Calcutta medical institutions reports 1892-1900
Year: 1892
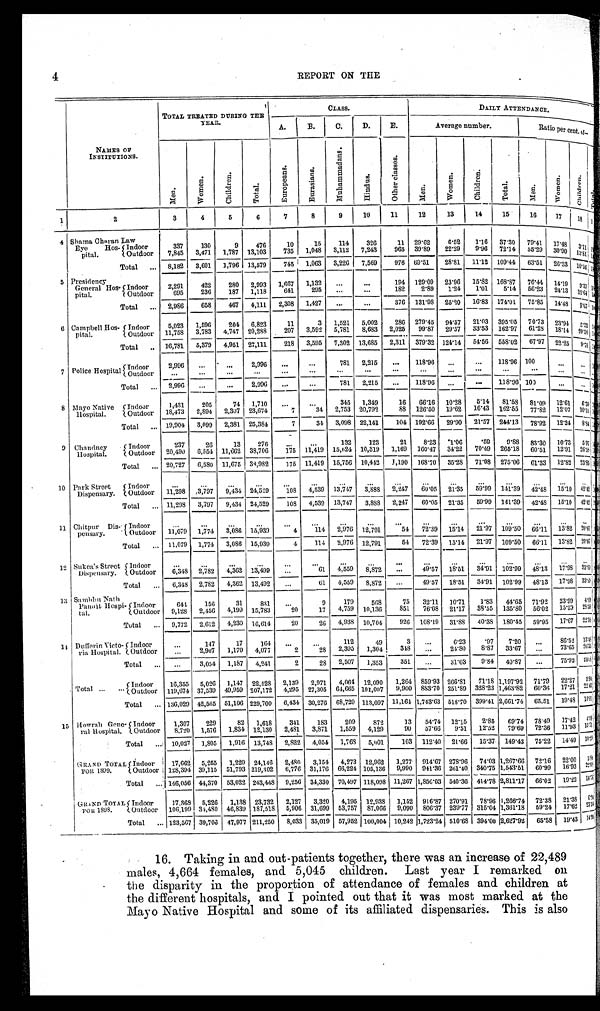
4
REPORT ON THE
NAMES OF
INSTITUTIONS.
TOTAL TREATED DURING THE
YEAR.
CLASS.
DAILY ATTENDANCE.
A.
B.
C.
D.
E.
Average number.
Ratio per cent. of-
M e n .
W o m e n .
C h i l d r e n .
T o t a l .
E u r o p e a n s .
E u r a s i a n s .
M u h a m m a d a n s .
H i n d u s .
O t h e r c l a s s e s .
M e n .
W o m e n .
C h i l d r e n .
T o t a l .
M e n .
Women.
C h i l d r e n . T o
1
2
3
4
5
6
7
8
9
10
11
12
13
14
15
16
17
1 8
< i l l e g
4 Shama Charan Law
Eye Hos-
pital.
Indoor
337
130
9
476
10
15
114
326
11
29.62
6.52
1.16
37.30
79.41
17.48
3 . 1 1
< < i l l e g i b
1,048
3,112
7,243
965
39.89
22.29
9.96
72.14
55.29
30.90
Outdoor
7,845
3,471
1,787 13,103
735
1 3 . 8 1 < < i l l e
Total . . .
8,182
3,601
1,796 13,579
745
1,063
3,226
7,569
976 69.51
28.81
11.12
109.44
63.51
26.33
1 0 . 1 6 < < i l l e
5 Presidency
General Hos
- p i t a l
Indoor
2,291
422
280
2,993
1,667
1,132
. . .
. . .
194
129.09
23.96
15.82 168.87
76.44
14.19
9 . 1 7
< i l l e g
295
. . .
. . .
1 8 2 2.89
1.24
1.01
5.14
50.23
24.13
641
1 9 . 6 4 < i l l e g
Outdoor
695
236
187
1,118
Total . . .
2,986
658
467
4,111
2,308
1,427
. . .
. . .
376
131.98
25.20
16.83
174.01
75.85
14.48
9.67 < i l l e g
6 Campbell Hos-
pital.
Indoor
5,023
1,596
204
6,823
11
3
1,521
5,002
286
279.45
94.57
21.03
395.05
70.73
23.94
5 . 2 3
< i l l e g
3,592
5,781
8,683
2,025
29.87
29.57
33.53
162.97
61.28
18.14
207
2 0 . 5 8 < i l l e g i b l e >
Outdoor
11,758
3,783
4,747
20,288
Total . . . 16,781
5,379
4,951
27,111
218
3,595
7,302 13,685
2,311
379.32 124.14
54.56
558.02
67.97
22.25
9 . 7 8 < i l l e g
7 Police Hospital
Indoor.
2,996
. . .
. . .
2,996
. . .
. . .
781
2,215
. . .
118.96
. . .
. . .
118.96 100
. . .
. . .
< i l l e g
Outdoor
. . .
. . .
. . .
. . .
. . .
. . .
. . .
. . .
. . .
. . .
. . .
. . .
. . .
. . .
. . .
. . .
< i l l e g
Total . . .
2,996
. . .
. . .
2,996
. . .
. . .
781
2,215
. . .
118.96
. . .
. . .
118.96 100
. . .
. . . < i l l e g
8 Mayo Native
Hospital.
Indoor
1,431
205
74
1,710
. . .
. . .
345
1,349
16
66.16
10.28
5.14
81.58
81.09
12.61
6.30
< i l l e g
2,307 23,674
7
34
2,753 20,792
88
126.50
19.62
16.43
162.55
77.82
12.07
10.11 < i l l e g
2,894
Outdoor
18,473
Total . . . 19,904
3,099
2,381 25,384
7
34
3,098 22,141
104 192.66
29.90
21.57
244.13
78.92
12.24
8 . 8 4 < i l l e g
9 Chandney
Hospital.
Indoor
237
26
13
276
. . .
. . .
132
123
21
8.23
1.06
59
9.88
83.30
10.73
5.97
< i l l e g
15,624 10,319
1.169
160.47
34.22
70.49
265.18
60.51
12.91
26.58 < i l l e g
11,419
Outdoor
20,490
6,554 11.662 38,706
175
Total . . . 20,727
6,580 11,675 33,982
175 11.419
15,756
10,442
1.190
168.70
35.28
71.08
275.06
61.33
12.82 25.85 < i l l e g
1 0 Park Street
Dispensary.
Indoor
. . .
. . .
. . .
. . .
. . .
. . .
. . .
. . .
. . .
. . .
. . .
. . .
. . .
. . .
. . .
. . .
< i l l e g
4,539
13,747
3,888
2 . 2 4 7
60.05 21.35
59.99 141.39
42.48 15.10 42.42 < i l l e
Outdoor
11,298
3,797
9,434
24,529
108
Total . . . 11,298
3.797
9 , 4 3 4 24,529
108
4,539
13,747
3,888
2.247
60.05
21.35
59.99
141.39
42.48
15.10
4 2 . 4 2
< i l l e g
1 1 Chitpur Dis-
pensary.
Indoor
. . .
. . .
. . . . . .
. . .
. . .
. . .
. . .
. . .
. . .
. . .
. . .
. . .
. . .
. . .
. . .
< i l l e g
114
2,976
12,791
54
72.39
15.14
21.97
109.50
66.11
13.82 20.07 < i l l e g
Outdoor
11,079
1,774
3,086 15,939
4
Total . . . 11,079
1,774
3,086 15,939
4
114
2,976 12,791
54
72.39
15.14
21.97
109.50
66.11
13.82 20.07 < i l l e g
1 2 Sukea' s Street
Dispensary.
Indoor
. . .
. . .
. . .
. . .
. . .
. . .
. . . . . .
. . .
. . .
. . .
. . .
. . .
. . .
. . .
. . .
< i l l e g
61
4,559
8 , 8 7 2
. . .
49.57
18.51
34.91
102.99
48.13
17.98
3 3 . 8 9 < i l l e g i b l e >
Outdoor
6,348
2,782
4,362 13,499
. . .
Total . . .
6,348
2,782
4,362 13,492
. . .
61
4,559
8,872
. . .
49.57
18.51
34.91
102.99
48.13
17.98
3 3 . 8 9 < i i l l e g
13 Sambhu Nath
Panoit Hospi-
tal.
Indoor
644
156
31
831
. . .
9
179
568
75
32.11
10.71
1 . 8 3
44.65
71.92
23.99
4.09
< i l l e g
Outdoor
9,128
2,456
4,199
15,783
20
17
4,759
10,136
851
76.08
21.17
38.55
135.80
56.02
15.59
28.39 < i l l e g
1
Total . . .
9,772
2,612
4,230 16,614
20
26
4,938
10,704
926
108.19
31.88
40.38
180.45
59.95
17.67
2 2 . 3 8 < i l l e g
14
D u f f e r i n V i c t o - r i a H o s p i t a l . Indoor
. . .
147
17
164
. . .
. . .
112
49
3 . . .
6.23
. 9 7
7 . 2 0
. . . 86.52 13.48
< i l l e g
2,395
1,304
3 4 8
. . .
24.80
8.87
33.67
. . . 73.65
2 6 . 3 5 < i l l e g i b l e >
Outdoor
. . . . . . 2,907
1,170
4,077
2
28
Total . . .
. . . 3,054
1,187
4,241
2
28
2,507
1,353
351
. . .
31.03
9.84
40.87
. . .
75.92
2 4 . 0 8 < < i l l e g i b l e > e >
T'otal . . .
Indoor
16,355
5,026
1,147
22,528
2,139
2,971
4,064
12,090
1,264
859.93 266.81
71.18 1,197.92
71.79
22.27
5 . 9 4 < i l l e g
Outdoor
119,674 37,539 49.959 207,172
4,295 27,305
64,665 101,007
9,900
883.70 251.89 328.23 1,463.82
60.36
17.21 22.43 < i l l e g
Total . . . 136,029 42,565 51,106 229,700
6,434 30,276
68,729 113,097 11,164 1,743.63 518.70 399.41 2.661.74
65.51
19.48
1 5 . 0 1 < i l l e g
15 Howrah Gene-
ral Hospital.
Indoor
1,307
229
82
1,618
341
183
209
872
1 3
54.74
12.15
2.85
69.74
78.49
17.42
4 . 0 9 < i l l e g
Outdoor
8,720
1,576
1,834 12,130
2,481
3,871
1,559
4,129
90
57.66
9.51
12.52
79.69
72.36
11.93
1 5 . 7 1 < i l l e g i
Total . . .
10,027
1,805
1,916
13,748
2,822
4,054
1,768
5,001
103
112.40
21.66
15.37
149.43
75.22
14.49
1 0 . 2 9 < i l l e g
GRAND TOTAL
for 1899.
Indoor
17,662
5,255
1,229 24,146
2,480
3,154
4,273 12,962
1,277
914.67 278.96
74.03 1,267.66
72.16
22.00
5 . 8 4 < i l l e g
Outdoor
128,394 39,115
51,793 219,302
6,776 31,176 66,224 105,136
9,990
941.36 261.40 340.75 1,543.51
60.99
16.93
2 2 . 7 6 < i l l e g
Total . . . 146,056 44,370
53,022 243,448
9,256 34,330
70,497 118,098 11,267 1,856.03 540.36 414.78 2,811.17
66.02
19.22
1 4 . 7 6
< i l l e g
G R A N D T O T A L F O R 1 8 9 8 . Indoor
1 7 , 3 6 8 5,226
1,138 23,732
2,127
3,320
4,195
12,938
1,152
916.87 270.91
78.96 1,266.74
72.38
21.38
6 . 2 4 < i l l e g i b l e >
Outdoor
106,199 34,480 46,839 187,518
5,906 \
31,699
53,757
87, 066 9,090
806.37 239.77 315.04 1,361.18
59.24
17.62
2 3 . 1 4 < i l l e g
Total . . .
123,567 39,706
47,977 211,250
8,033 35,019 57,952 100,004 10,242 1,723.24 510.68 394.00 2,627.92
65.58
19.43
1 4 . 9 9
< i l l e g
16. Taking in and out-patients together, there was an increase of 22,489
males, 4,664 females, and 5,045 children. Last year I remarked on
the disparity in the proportion of attendance of females and children at
the different hospitals, and I pointed out that it was most marked at the
Mayo Native Hospital and some of its affiliated dispensaries. This is also